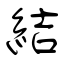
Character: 結